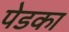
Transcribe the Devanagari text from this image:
पेडका